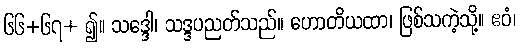
၆၆+၆၇+ ၍။ သဒ္ဒေါ၊ သဒ္ဒပညတ်သည်။ ဟောတိယထာ၊ ဖြစ်သကဲ့သို့။ ဧဝံ၊